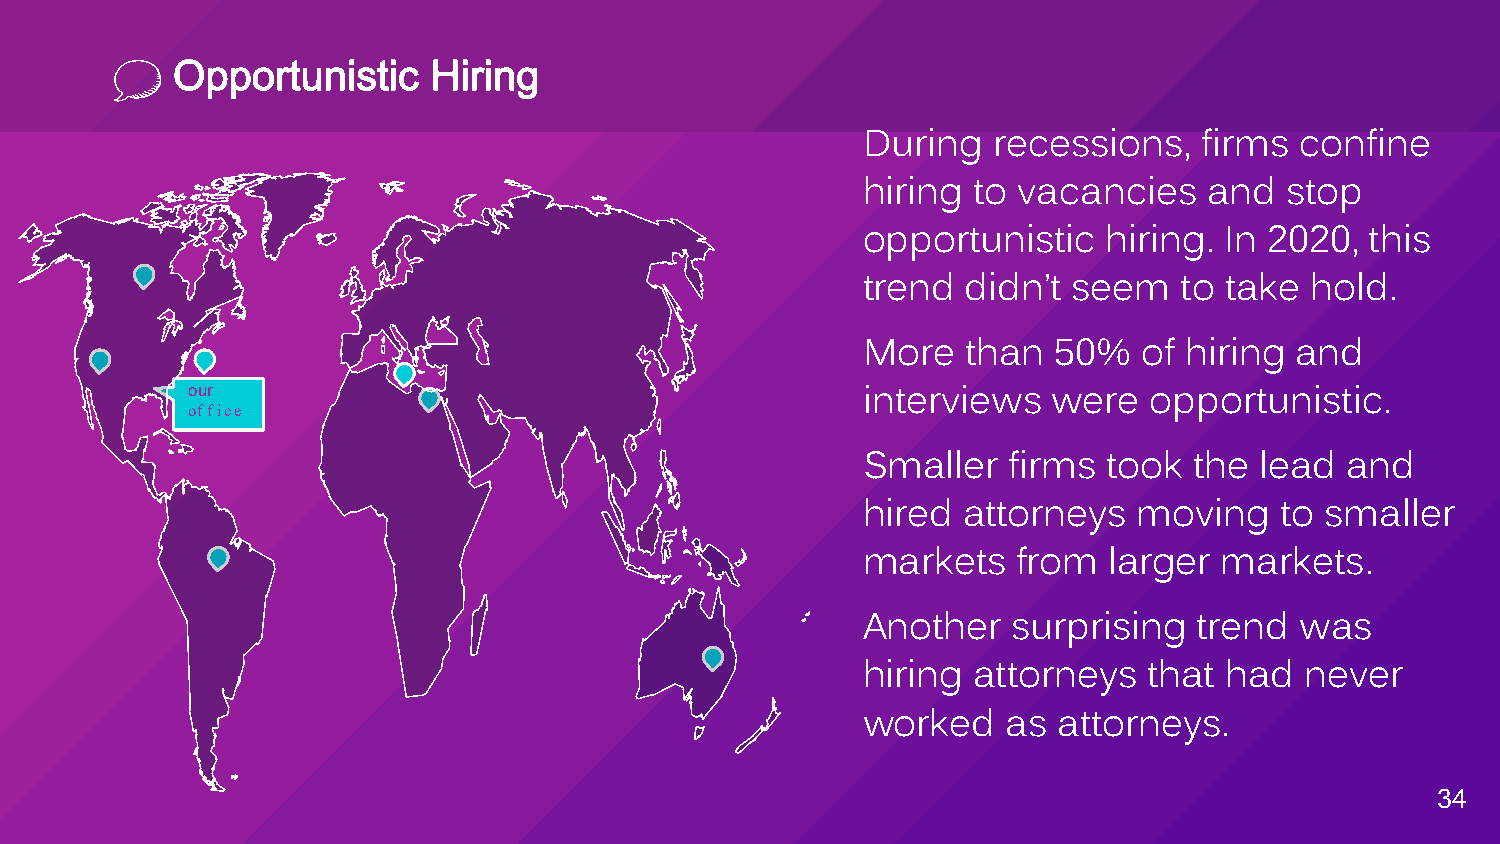
Opportunistic     Hiring
 During   recessions,   firms confine
 hiring to vacancies    and  stop
 opportunistic   hiring. In 2020,  this
 trend  didn’t seem   to take  hold.
 More   than  50%   of hiring and
 our
 interviews   were  opportunistic.
 office
 Smaller   firms took  the lead  and
 hired  attorneys  moving    to smaller
 markets   from  larger  markets.
 Another   surprising  trend  was
 hiring attorneys   that had  never
 worked    as attorneys.
 34